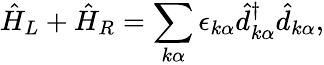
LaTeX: \hat{H}_{L}+\hat{H}_{R}=\sum_{k\alpha}\epsilon_{k\alpha}\hat{d}_{k\alpha}^{\dagger}\hat{d}_{k\alpha},